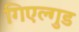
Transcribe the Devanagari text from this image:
गिएल्गुड